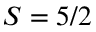
S = 5 / 2